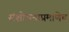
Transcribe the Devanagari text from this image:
संशोधनाप्रमाणेच